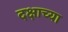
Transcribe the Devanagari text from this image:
दक्षाच्या